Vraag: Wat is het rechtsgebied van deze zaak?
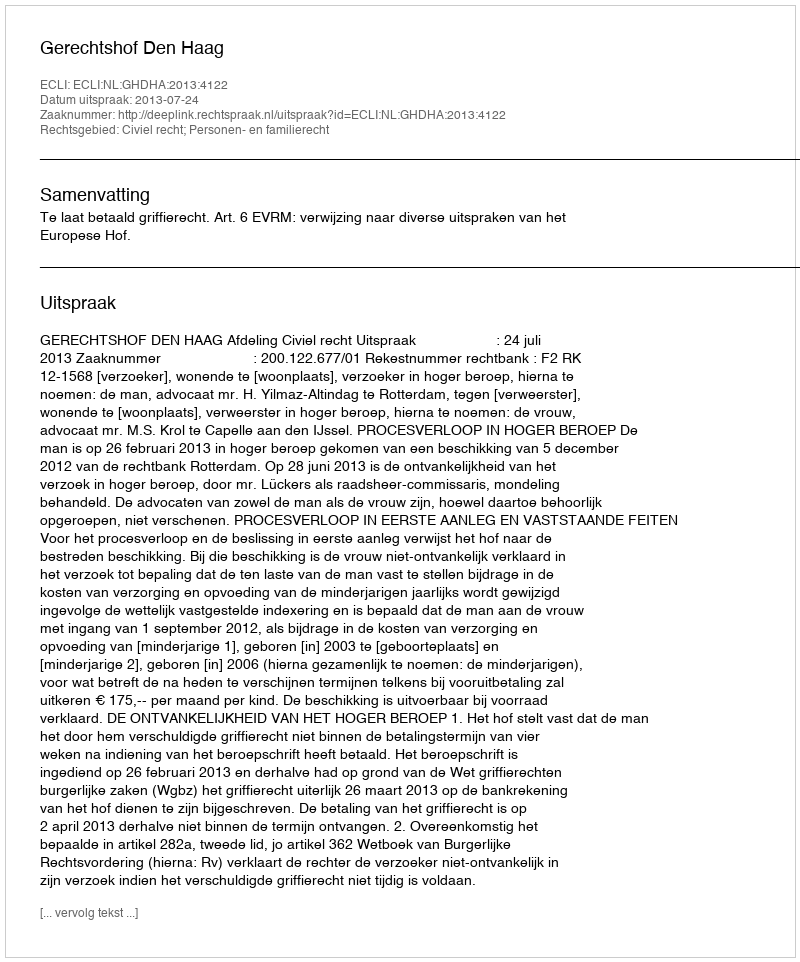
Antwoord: Civiel recht; Personen- en familierecht